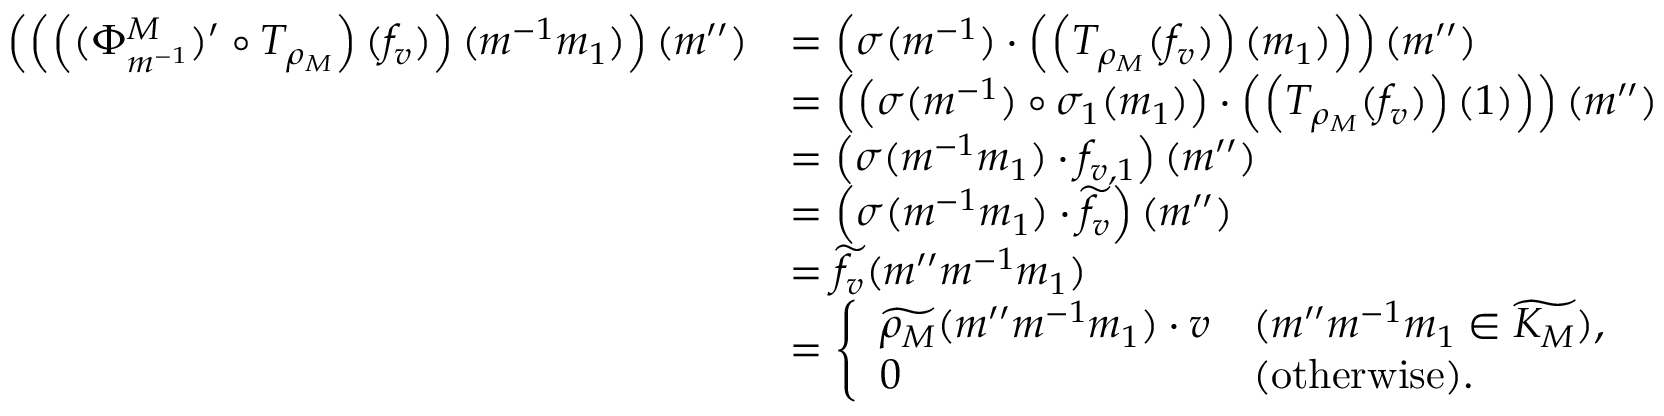
\begin{array} { r l } { \left( \left( \left( ( \Phi _ { m ^ { - 1 } } ^ { M } ) ^ { \prime } \circ T _ { \rho _ { M } } \right) ( f _ { v } ) \right) ( m ^ { - 1 } m _ { 1 } ) \right) ( m ^ { \prime \prime } ) } & { = \left( \sigma ( m ^ { - 1 } ) \cdot \left( \left( T _ { \rho _ { M } } ( f _ { v } ) \right) ( m _ { 1 } ) \right) \right) ( m ^ { \prime \prime } ) } \\ & { = \left( \left( \sigma ( m ^ { - 1 } ) \circ \sigma _ { 1 } ( m _ { 1 } ) \right) \cdot \left( \left( T _ { \rho _ { M } } ( f _ { v } ) \right) ( 1 ) \right) \right) ( m ^ { \prime \prime } ) } \\ & { = \left( \sigma ( m ^ { - 1 } m _ { 1 } ) \cdot f _ { v , 1 } \right) ( m ^ { \prime \prime } ) } \\ & { = \left( \sigma ( m ^ { - 1 } m _ { 1 } ) \cdot \widetilde { f _ { v } } \right) ( m ^ { \prime \prime } ) } \\ & { = \widetilde { f _ { v } } ( m ^ { \prime \prime } m ^ { - 1 } m _ { 1 } ) } \\ & { = \left\{ \begin{array} { l l } { \widetilde { \rho _ { M } } ( m ^ { \prime \prime } m ^ { - 1 } m _ { 1 } ) \cdot v } & { ( m ^ { \prime \prime } m ^ { - 1 } m _ { 1 } \in \widetilde { K _ { M } } ) , } \\ { 0 } & { ( \mathrm { o t h e r w i s e } ) . } \end{array} \right. } \end{array}